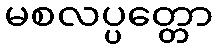
မစလပ္ပတ္တော